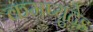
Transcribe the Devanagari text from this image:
कमप्युटेड